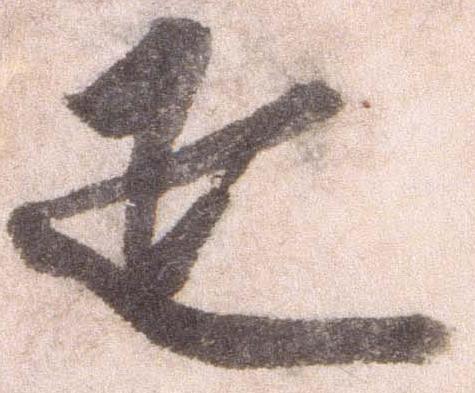
疋